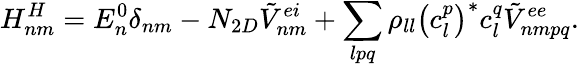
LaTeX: H_{nm}^{H}=E_{n}^{0}{\delta}_{nm}-N_{2D}{\tilde{V}}_{nm}^{ei}+\sum_{lpq}{{\rho}_{ll}{\left(c_{l}^{p}\right)}^{*}c_{l}^{q}{\tilde{V}}_{nmpq}^{ee}}.